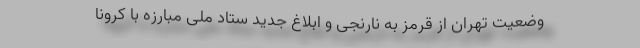
وضعیت تهران از قرمز به نارنجی و ابلاغ جدید ستاد ملی مبارزه با کرونا